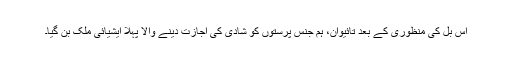
اس بل کی منظوری کے بعد تائیوان، ہم جنس پرستوں کو شادی کی اجازت دینے والا پہلا ایشیائی ملک بن گیا۔